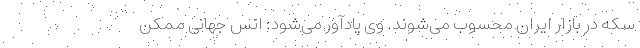
سکه در بازار ایران محسوب می‌شوند. وی یادآور می‌شود: انس جهانی ممکن